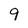
Character: 9